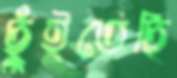
ছুঁইতেছি